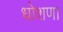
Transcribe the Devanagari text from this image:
धोशणा